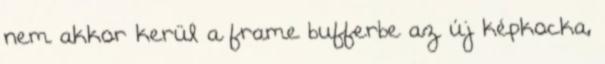
nem akkor kerül a frame bufferbe az új képkocka,